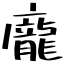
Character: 龐